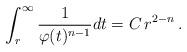
LaTeX: \begin{align*}\int_{r}^{\infty}\frac{1}{\varphi(t)^{n-1}}dt = C\, r^{2-n}\,.\end{align*}